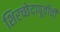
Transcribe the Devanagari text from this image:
शिरच्छेदापूर्वीची